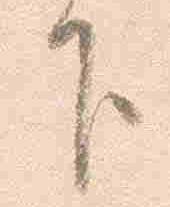
下